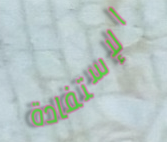
الإستفادة